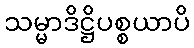
သမ္မာဒိဋ္ဌိပစ္စယာပိ